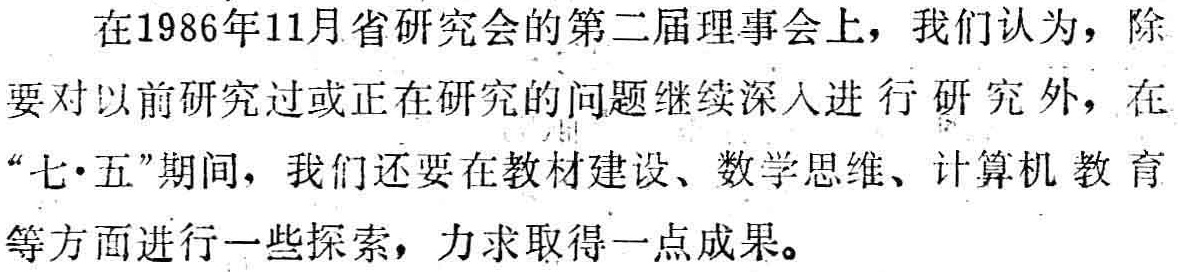
在1986年11月省研究会的第二届理事会上，我们认为，除要对以前研究过或正在研究的问题继续深入进行研究外，在“七·五”期间，我们还要在教材建设、数学思维、计算机教育等方面进行一些探索，力求取得一点成果。